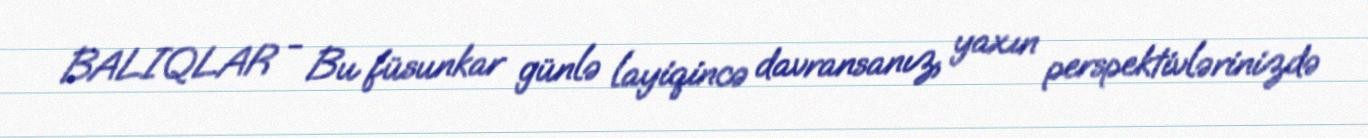
BALIQLAR - Bu füsunkar günlə layiqincə davransanız, yaxın perspektivlərinizdə